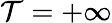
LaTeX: \mathcal{T}=+\infty